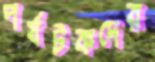
পর্যটকদের